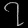
Digit: ၇